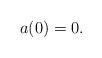
LaTeX: \begin{align*}a(0)=0.\end{align*}